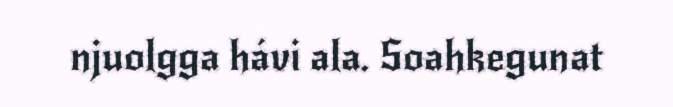
njuolgga hávi ala. Soahkegunat